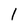
Character: l